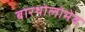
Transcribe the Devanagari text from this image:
बारथोलोमेव